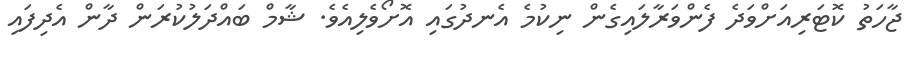
ޖާހަތު ކޮޓަރިއަށްވަދެ ފެންވަރާލައިގެން ނިކުމެ އެނދުގައި އޮށޯވެލިއެވެ. ޝާމް ބައްދަލުކުރަން ދާން އެދިފައި